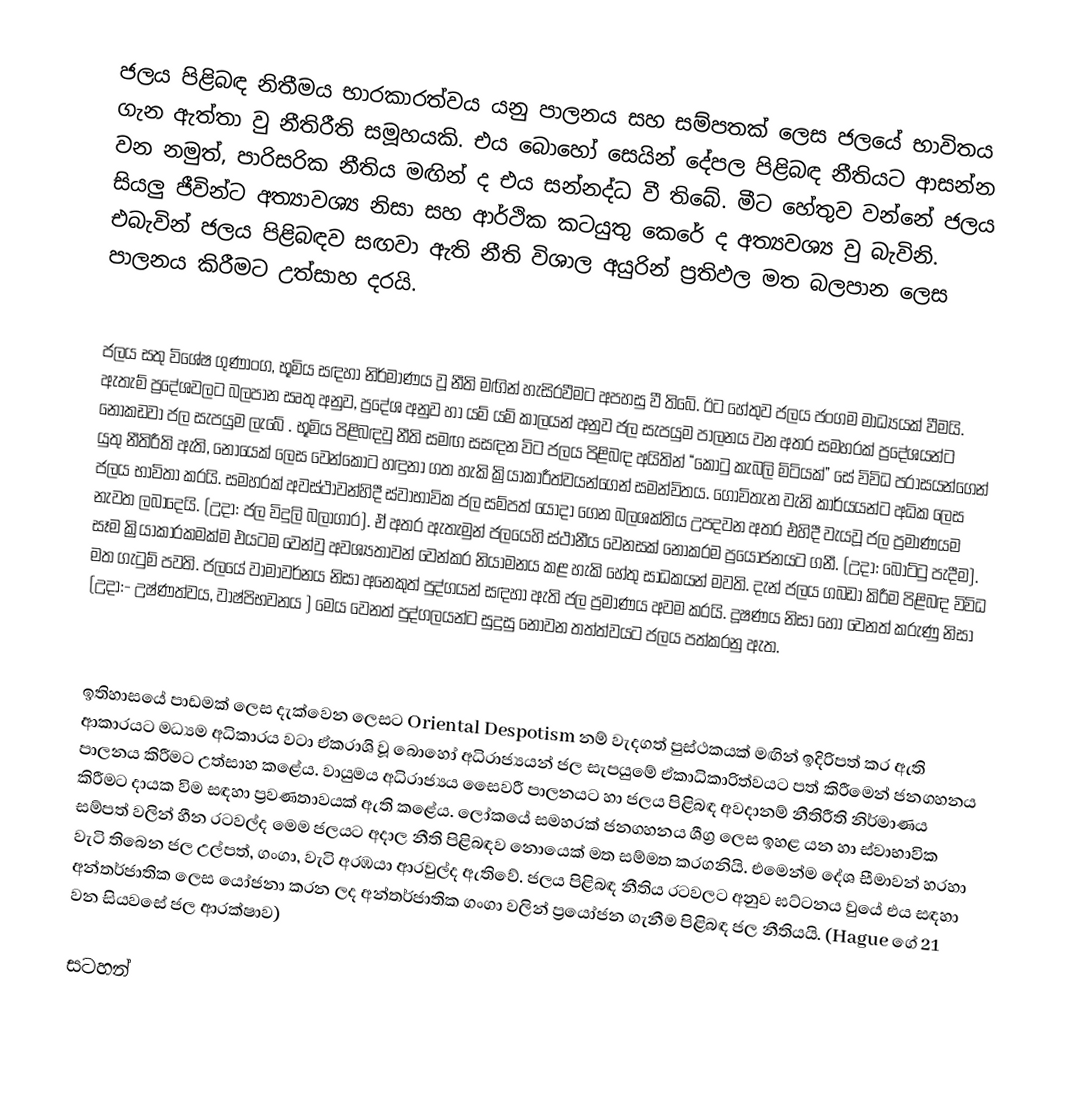
ජලය පිළිබඳ නිතීමය භාරකාරත්වය යනු පාලනය සහ සම්පතක් ලෙස ජලයේ භාවිතය ගැන ඇත්තා වු නීතිරීති සමූහයකි. එය බොහෝ සෙයින් දේපල පිළිබඳ නීතියට ආසන්න වන නමුත්, පාරිසරික නීතිය මඟින් ද එය සන්නද්ධ වී තිබේ. මීට හේතුව වන්නේ ජලය සියලු ජීවින්ට අත්‍යාවශ්‍ය නිසා සහ ආර්ථික කටයුතු කෙරේ ද අත්‍යවශ්‍ය වු බැවිනි. එබැවින් ජලය පිළිබඳව සඟවා ඇති නීති විශාල අයුරින් ප්‍රතිඵල මත බලපාන ලෙස පාලනය කිරීමට උත්සාහ දරයි.

ජලය සතු විශේෂ ගුණාංග, භූමිය සඳහා නිර්මාණය වූ නීති මඟින් හැසිරවීමට අපහසු වී තිබේ. ඊට හේතුව  ජලය  ජංගම  මාධ්‍යයක් වීමයි.  ඇතැම් ප්‍රදේශවලට බලපාන සෘතු අනුව, ප්‍රදේශ අනුව හා යම් යම් කාලයන් අනුව ජල සැපයුම පාලනය වන  අතර සමහරක් ප්‍රදේශයන්ට නොකඩවා ජල සැපයුම ලැබේ . භූමිය පිළිබඳවු නීති සමඟ සසඳන විට ජලය පිළිබඳ අයිතින් “කෝටු කැබලි මිටියක්” සේ විවිධ පරාසයන්ගෙන් යුතු නීතිරීති  ඇති, නොයෙක් ලෙස වෙන්කොට හඳුනා ගත හැකි  ක්‍රියාකාරීත්වයන්ගෙන් සමන්විතය. ගොවිතැන වැනි කාර්යයන්ට අධික ලෙස ජලය භාවිතා කරයි. සමහරක් අවස්ථාවන්හිදී  ස්වාභාවික ජල සම්පත් යොදා ගෙන බලශක්තිය උපදවන අතර එහිදී වැයවූ ජල ප්‍රමාණයම නැවත ලබාදෙයි. (උදා: ජල විදුලි බලාගාර). ඒ අතර  ඇතැමුන් ජලයෙහි ස්ථානීය වෙනසක් නොකරම ප්‍රයෝජනයට ගනී. (උදා: බෝට්ටු පැදීම). සෑම ක්‍රියාකාරකමක්ම එයටම වෙන්වු අවශ්‍යතාවන් වෙන්කර නියාමනය කළ හැකි හේතු සාධකයන් මවති. දැන් ජලය ගබඩා කිරීම පිළිබඳ  විවිධ මත ගැටුම් පවති. ජලයේ වාමාවර්නය නිසා අනෙකුත් පුද්ගයන් සඳහා ඇති ජල ප්‍රමාණය අවම කරයි. දූෂණය නිසා  හෝ වෙනත් කරුණු නිසා (උදා:- උෂ්ණත්වය, වාෂ්පිභවනය ) මෙය වෙනත් පුද්ගලයන්ට සුදුසු නොවන  තත්ත්වයට ජලය පත්කරනු ඇත.

ඉතිහාසයේ පාඩමක් ලෙස දැක්වෙන ලෙසට Oriental Despotism නම් වැදගත්  පුස්ථකයක් මඟින් ඉදිරිපත් කර ඇති ආකාරයට මධ්‍යම අධිකාරය වටා  ඒකරාශි වූ බොහෝ අධිරාජ්‍යයන් ජල සැපයුමේ ඒකාධිකාරිත්වයට පත් කිරීමෙන් ජනගහනය පාලනය කිරීමට උත්සාහ කළේය. වායුමය අධිරාජ්‍යය සෛවරී පාලනයට හා ජලය පිළිබඳ අවදානම් නීතිරීති නිර්මාණය කිරීමට දායක විම සඳහා ප්‍රවණතාවයක් ඇති කළේය. ලෝකයේ සමහරක් ජනගහනය ශීග්‍ර ලෙස ඉහළ යන හා ස්වාභාවික සම්පත් වලින් හීන රටවල්ද මෙම ජලයට අදාල නීති පිළිබඳව නොයෙක් මත සම්මත   කරගනියි. එමෙන්ම දේශ සීමාවන් හරහා වැටි තිබෙන ජල උල්පත්, ගංගා, වැ‍ටි අරඹයා ආරවුල්ද ඇතිවේ. ජලය පිළිබඳ නීතිය රටවලට අනුව ඝට්ටනය වුයේ එය  සඳහා අන්තර්ජාතික  ලෙස යෝජනා කරන ලද  අන්තර්ජාතික ගංගා වලින් ප්‍රයෝජන ගැනීම පිළිබඳ ජල නීතියයි. (Hague   ගේ 21 වන සියවසේ ජල ආරක්ෂාව)

සටහන්